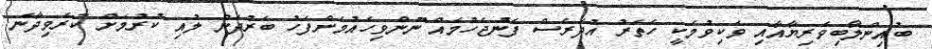
ބުއިންލޯބިވެރިޔާއާއި ވަކިވުމަކީ ހަތަރު އުދަރެސް ފެނުޖެހުމެއް ނޫންވިހެއުމަށްފަހު ބަރުދަން ލުއި ކުރުމަށް ކުރެވިދާނެ